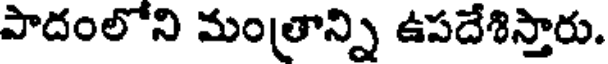
పాదంలోని మంత్రాన్ని ఉపదేశిస్తారు.